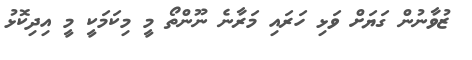
ޒުވާނުން ގަޔަށް ވަޅި ހަރައި މަރާނެ ނޫންތޯ މީ މިކަމަކީ މީ އިދިކޮޅު